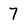
Character: 7